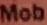
Mob